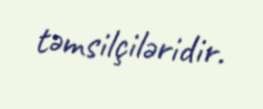
təmsilçiləridir.